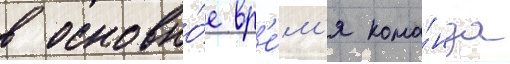
в основно́е вр'е́м'я кома́нда